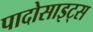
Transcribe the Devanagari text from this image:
पादोसाइट्स